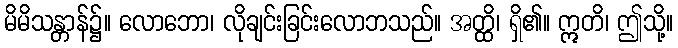
မိမိသန္တာန်၌။ လောဘော၊ လိုချင်းခြင်းလောဘသည်။ အတ္ထိ၊ ရှိ၏။ ဣတိ၊ ဤသို့။